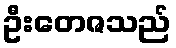
ဦးတေဇသည်